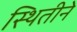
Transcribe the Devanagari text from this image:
स्थितीने